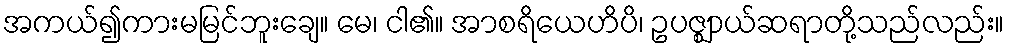
အကယ်၍ကားမမြင်ဘူးချေ။ မေ၊ ငါ၏။ အာစရိယေဟိပိ၊ ဥပဇ္ဈာယ်ဆရာတို့သည်လည်း။